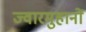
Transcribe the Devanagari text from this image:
ज्वारमुहानों